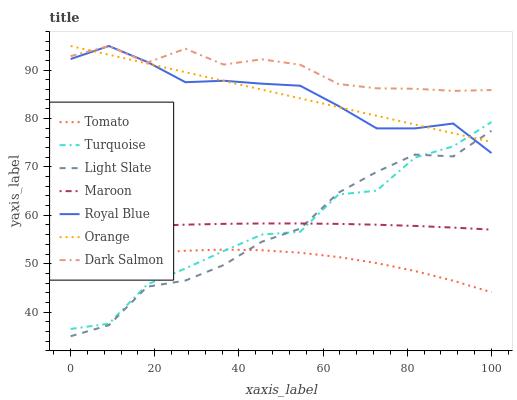
| xaxis_label | Tomato | Turquoise | Light Slate | Maroon | Royal Blue | Orange | Dark Salmon |
 | --- | --- | --- | --- | --- | --- | --- | --- |
 | 0 | 49.7 | 36.5 | 35 | 57.1 | 92.3 | 95 | 92.9 |
 | 9.09 | 51.1 | 37.6 | 37.3 | 57.5 | 95 | 93.2 | 95 |
 | 18.2 | 52.1 | 45.7 | 45.2 | 57.8 | 91.7 | 91.4 | 91.6 |
 | 27.3 | 52.7 | 49 | 46.5 | 58.1 | 87.5 | 89.6 | 94.4 |
 | 36.4 | 52.9 | 52.6 | 49.7 | 58.2 | 87.8 | 87.8 | 91.2 |
 | 45.5 | 52.8 | 56 | 54.5 | 58.3 | 87.2 | 86 | 92.3 |
 | 54.5 | 52.3 | 56.6 | 57.2 | 58.3 | 86.8 | 84.2 | 91.1 |
 | 63.6 | 51.4 | 64.3 | 64.7 | 58.2 | 82.6 | 82.4 | 87.1 |
 | 72.7 | 50.1 | 65.1 | 69 | 58.1 | 78 | 80.6 | 86.3 |
 | 81.8 | 48.5 | 71.9 | 72.6 | 57.8 | 78 | 78.8 | 86.2 |
 | 90.9 | 46.5 | 74.3 | 72.2 | 57.5 | 79 | 77 | 85.7 |
 | 100 | 44.1 | 79.3 | 77.5 | 57 | 72.9 | 75.2 | 85.9 |